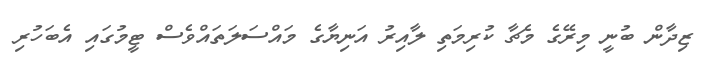
ޒިދާން ބުނީ މިރޭގެ މެޗާ ކުރިމަތި ލާއިރު އަނިޔާގެ މައްސަލަތައްވެސް ޓީމުގައި އެބަހުރި